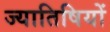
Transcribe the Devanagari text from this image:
ज्यातिषियों